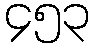
၄၅၃